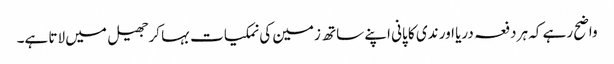
واضح رہے کہ ہر دفعہ دریا اور ندی کا پانی اپنے ساتھ زمین کی نمکیات بہا کرجھیل میں لاتا ہے۔